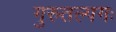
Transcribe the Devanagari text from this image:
गुरुतल्पगः